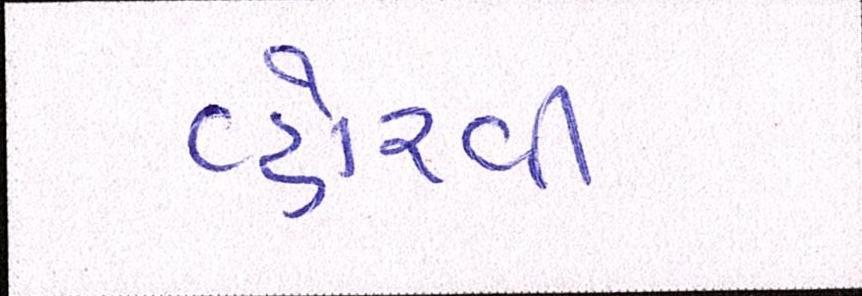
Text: વ્હોરવી